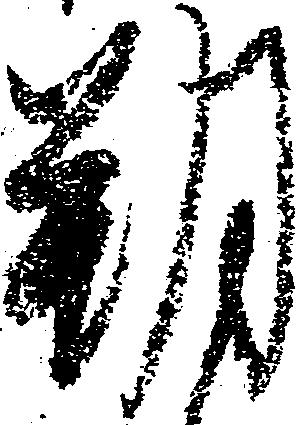
朔